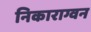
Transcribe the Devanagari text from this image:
निकाराग्वन